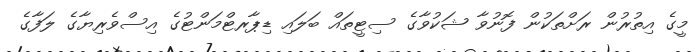
މީގެ އިތުރުން ރަށްތަކުން ފޮނުވާ ޝަކުވާގެ ސިޓީތައް ބަލައި ޑިޕާރޓްމަންޓުގެ އިސްވެރިޔާގެ ލަފާގެ